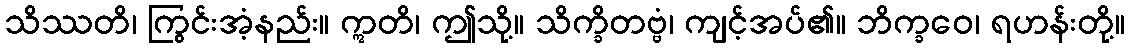
သိဿတိ၊ ကြွင်းအံ့နည်း။ ဣတိ၊ ဤသို့။ သိက္ခိတဗ္ဗံ၊ ကျင့်အပ်၏။ ဘိက္ခဝေ၊ ရဟန်းတို့။